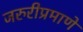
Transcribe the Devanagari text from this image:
जरुरीप्रमाणे